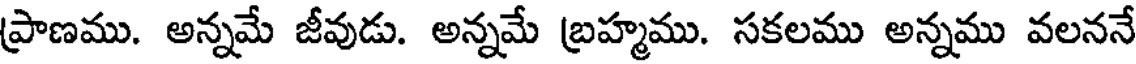
ప్రాణము. అన్నమే జీవుడు. అన్నమే బ్రహ్మము. సకలము అన్నము వలననే